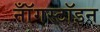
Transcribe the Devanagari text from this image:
नॉँगस्टॉइन